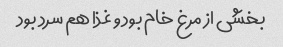
بخشی از مرغ خام بود و غذا هم سرد بود